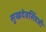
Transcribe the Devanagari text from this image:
सुखदेवसिंहजी